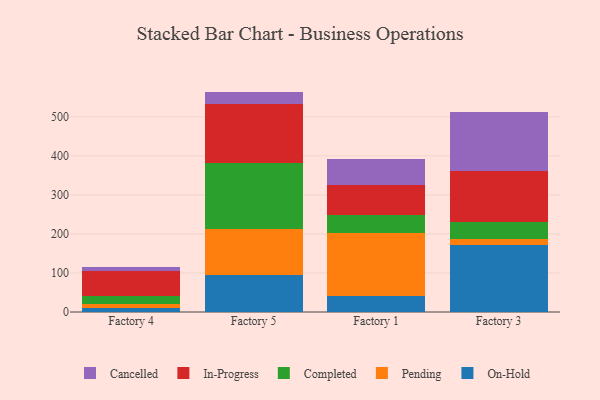
{"axis": {"x": "Factory", "y": "Energy Usage (MWh)"}, "legend": ["Cancelled", "Completed", "In-Progress", "On-Hold", "Pending"], "data": [{"x": "Factory 4", "y": 10.1, "type": "On-Hold"}, {"x": "Factory 4", "y": 10.3, "type": "Pending"}, {"x": "Factory 4", "y": 20.1, "type": "Completed"}, {"x": "Factory 4", "y": 63.7, "type": "In-Progress"}, {"x": "Factory 4", "y": 9.9, "type": "Cancelled"}, {"x": "Factory 5", "y": 94.0, "type": "On-Hold"}, {"x": "Factory 5", "y": 119.1, "type": "Pending"}, {"x": "Factory 5", "y": 168.4, "type": "Completed"}, {"x": "Factory 5", "y": 150.7, "type": "In-Progress"}, {"x": "Factory 5", "y": 32.3, "type": "Cancelled"}, {"x": "Factory 1", "y": 41.6, "type": "On-Hold"}, {"x": "Factory 1", "y": 160.5, "type": "Pending"}, {"x": "Factory 1", "y": 45.3, "type": "Completed"}, {"x": "Factory 1", "y": 78.6, "type": "In-Progress"}, {"x": "Factory 1", "y": 65.4, "type": "Cancelled"}, {"x": "Factory 3", "y": 172.6, "type": "On-Hold"}, {"x": "Factory 3", "y": 14.7, "type": "Pending"}, {"x": "Factory 3", "y": 42.3, "type": "Completed"}, {"x": "Factory 3", "y": 132.2, "type": "In-Progress"}, {"x": "Factory 3", "y": 149.2, "type": "Cancelled"}]}